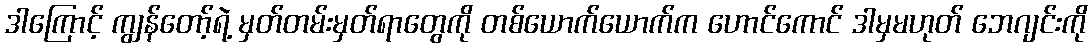
ဒါကြောင့် ကျွန်တော့်ရဲ့ မှတ်တမ်းမှတ်ရာတွေကို တစ်ယောက်ယောက်က ဟောင်ကောင် ဒါမှမဟုတ် ဘေဂျင်းကို